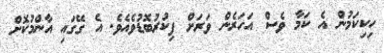
ހިކިކަމުން އެ ކަމާ ވެސް އަހަރެން ވަރަށް ފިކުރުބޮޑުވެއެވެ. އެ ގޭގައި އާންމުކޮށް